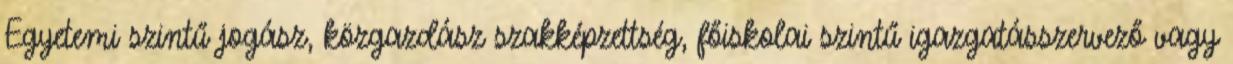
Egyetemi szintű jogász, közgazdász szakképzettség, főiskolai szintű igazgatásszervező vagy